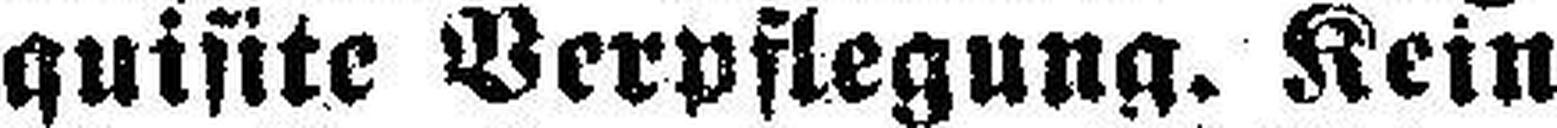
quisite Verpflegung. Kein